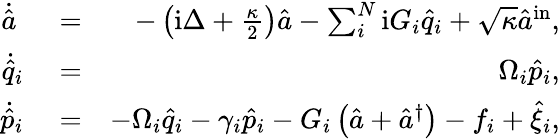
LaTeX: \begin{array}{rlr}{\dot{\hat{a}}\ }&{{}=}&{-\left(\mathrm{i}\Delta+\frac{\kappa}{2}\right)\hat{a}-\sum_{i}^{N}\mathrm{i}G_{i}\hat{q}_{i}+\sqrt{\kappa}\hat{a}^{\mathrm{in}},}\\ {\dot{\hat{q}}_{i}}&{{}=}&{\ \Omega_{i}\hat{p}_{i},}\\ {\dot{\hat{p}}_{i}}&{{}=}&{-\Omega_{i}\hat{q}_{i}-\gamma_{i}\hat{p}_{i}-G_{i}\left(\hat{a}+\hat{a}^{\dagger}\right)-f_{i}+\hat{\xi}_{i},}\end{array}